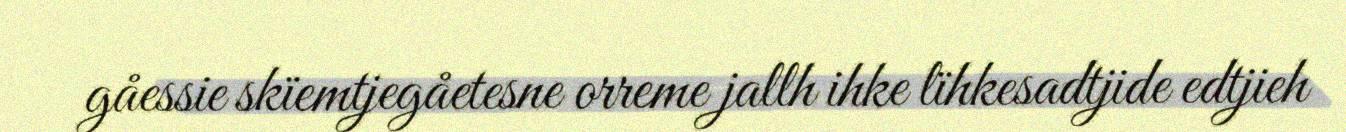
gåessie skïemtjegåetesne orreme jallh ihke lïhkesadtjide edtjieh